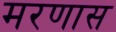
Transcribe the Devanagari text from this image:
मरणास